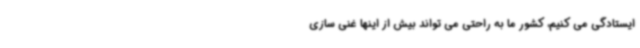
ایستادگی می کنیم، کشور ما به راحتی می تواند بیش از اینها غنی سازی